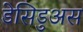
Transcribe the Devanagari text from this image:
डेसिडुअस